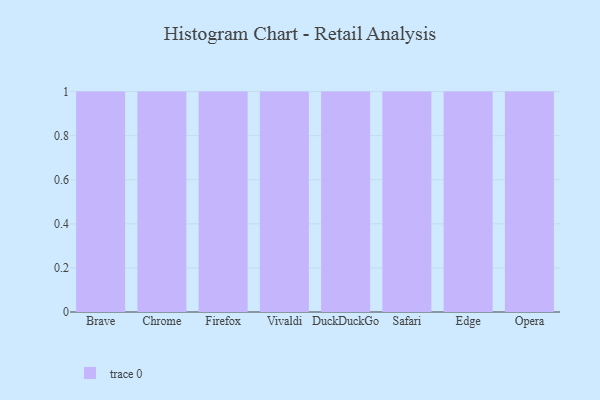
{"axis": {"x": "Browser", "y": "Latency (ms)"}, "legend": [""], "data": [{"x": "Brave", "y": 7, "type": ""}, {"x": "Chrome", "y": 51, "type": ""}, {"x": "Firefox", "y": 71, "type": ""}, {"x": "Vivaldi", "y": 77, "type": ""}, {"x": "DuckDuckGo", "y": 60, "type": ""}, {"x": "Safari", "y": 57, "type": ""}, {"x": "Edge", "y": 21, "type": ""}, {"x": "Opera", "y": 38, "type": ""}]}